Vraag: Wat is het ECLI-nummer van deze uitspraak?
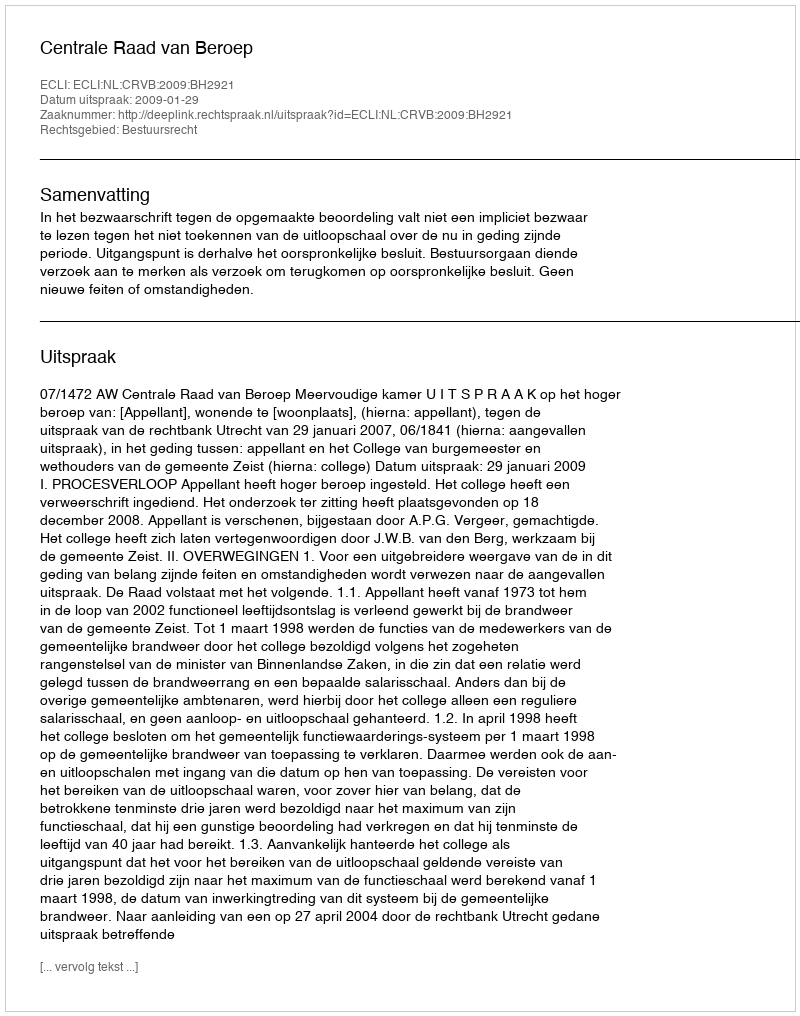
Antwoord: ECLI:NL:CRVB:2009:BH2921